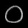
Digit: ၀